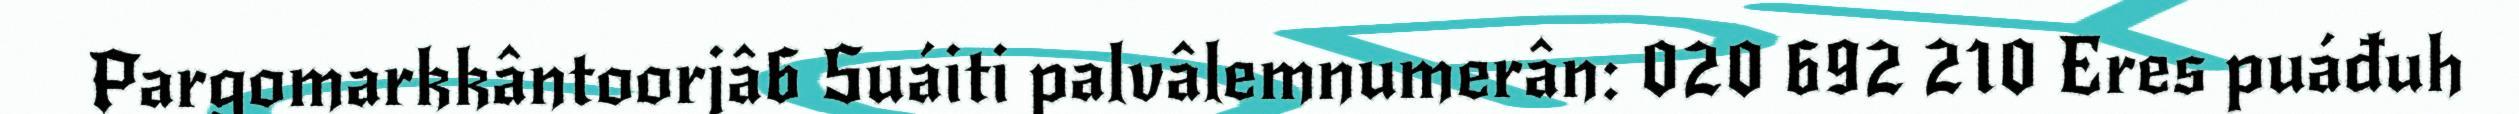
Pargomarkkântoorjâ6 Suáiti palvâlemnumerân: 020 692 210 Eres puáđuh